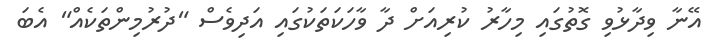
އޭނާ ވިދާޅުވި ގޮތުގައި މިހާރު ކުރިއަށް ދާ ވާހަކަތަކުގައި އަދިވެސް "ދުރުމިންތަކެއް" އެބަ